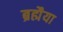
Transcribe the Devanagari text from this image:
ब्रह्मैया